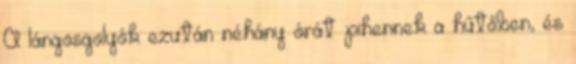
A lángosgolyók ezután néhány órát pihennek a hűtőben, és